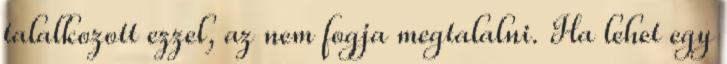
talalkozott ezzel, az nem fogja megtalalni. Ha lehet egy